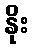
နိုး